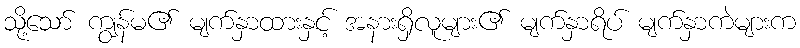
သို့သော် ကျွန်မ၏ မျက်နှာထားနှင့် အနားရှိလူများ၏ မျက်နှာရိပ် မျက်နှာကဲများက